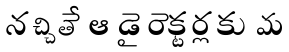
నచ్చితే ఆ డైరెక్టర్లకు మ